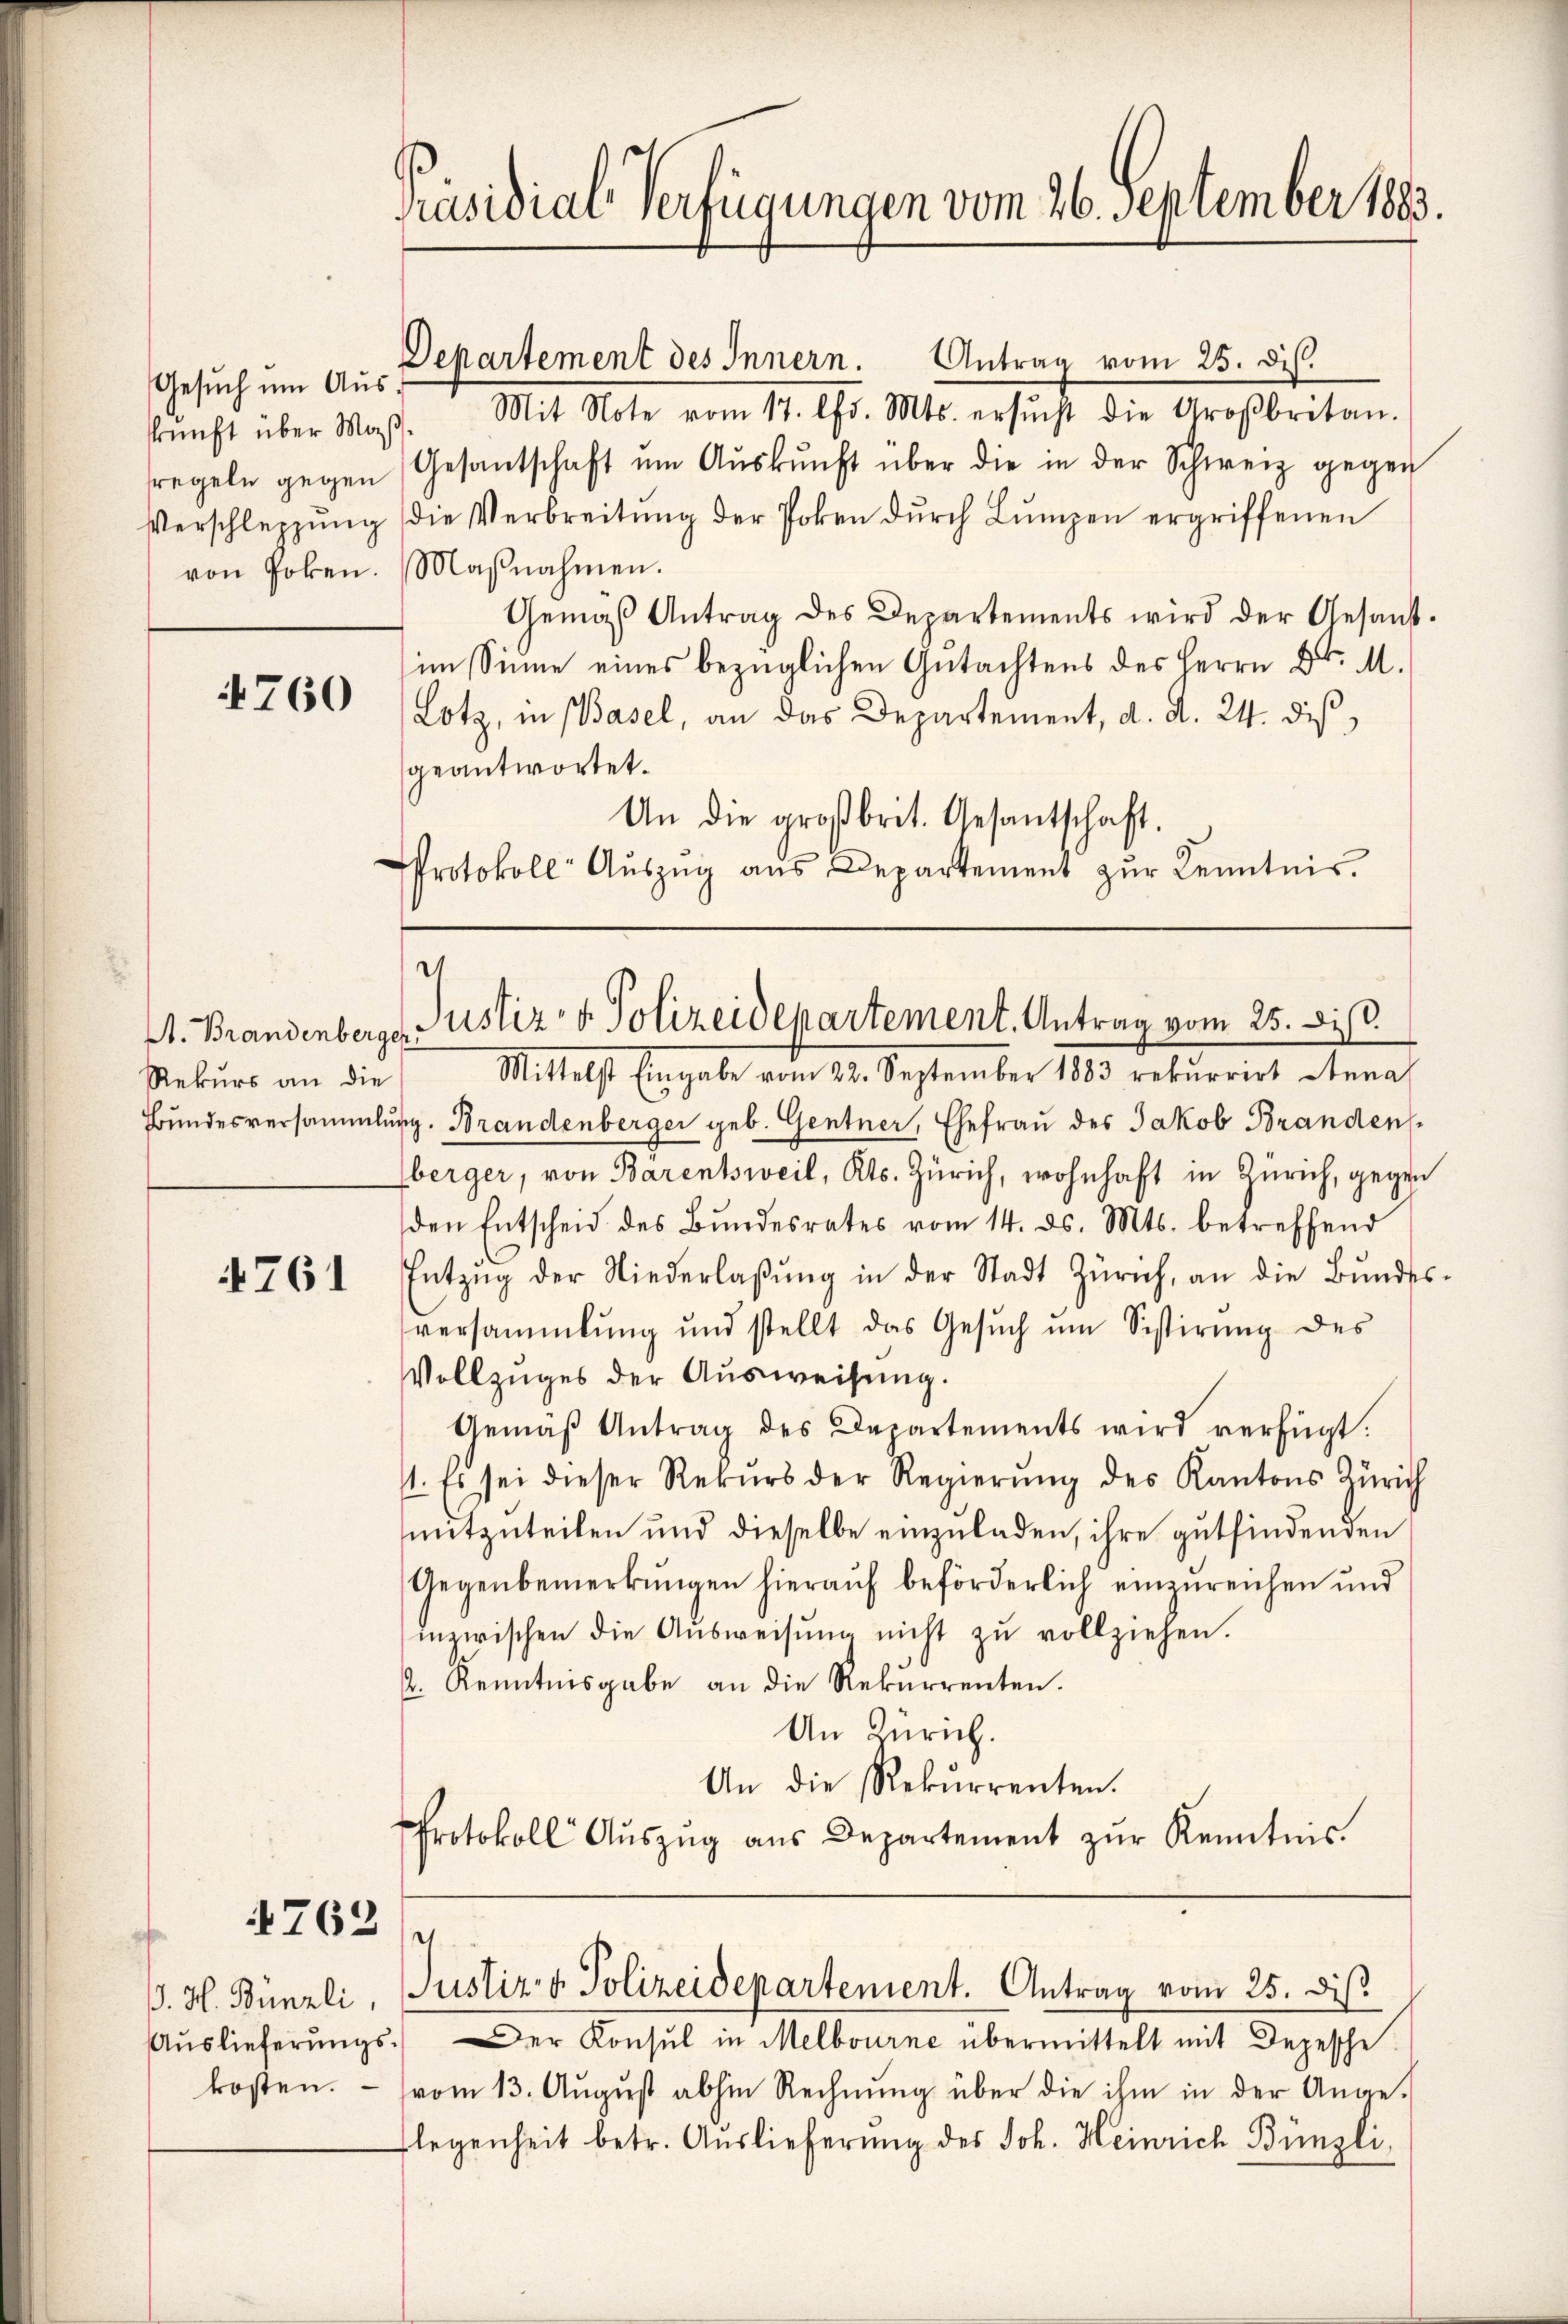
Gesuch um Ausskunft über Maß
von Goken.

4760

Rekurs an die

4761

4762

kosten.

Präsidial-Verfügungen vom 26. September 1883.

Departement des Innern. Antrag vom 25. dis.
Mit Note vom 17. Chr. Mts. ersŭcht die Großbritan.
regeln gegen Gesantschaft ŭm Aŭskŭnft über die in der Schweiz gegen
Verschleppung die Verbreitŭng der Polen dŭrch Lumpen ergriffenen
Maβnahmen.
Gemäβ Antrag des Departements wird der Gesant.
im Sinne eines bezüglichen Gutachtens des Herrn D. M.
Lotz, in Basel, an das Departement, d. d. 24. dies,
geantwortet.
An die großbrit. Gesantschaft.
Protokoll Aŭszŭg aŭs Departement zŭr Kenntnis.

d
A. Brandenberger Justiz v. Polizeidepartement. Antrag vom 25. Dist.

Mittelst Eingabe vom 22. September 1883 rekurrirt Anna
Bundesversammlung. Brandenberger geb. Gentner, Ehefrau des Jakob Branden
berger, von Bärentsweil, Kts. Zürich, wohnhaft in Zürich, gegen
den Entscheid des Bŭndesrates vom 14. ds. Mts. betreffend
Entzŭg der Niederlaβŭng in der Stadt Zürich, an die Bŭndes-
versammlung und stellt das Gesŭch ŭm Sistirŭng des
Vollzuges der Ausweisung.
Gemäβ Antrag des Departements wird verfügt:
1. Es sei dieser Rekŭrs der Regierŭng des Kantons Zürich
mitzuteilen und dieselbe einzuladen, ihre gutfindenden
Gegenbemerkŭngen hieraŭf beförderlich einzureichen und
inzwischen die Aŭsweisŭng nicht zŭ vollziehen.
2. Kenntnisgabe an die Rekurrenten.
An Zürich.
An die Rekurrenten.
Protokoll Aŭszŭg aŭs Departement zŭr Kenntnis.

.
B. H. Bünzli, Justiz & Polizeidepartement. Antrag vom 25. dis.

Aŭslieferŭngs. Der Konsul in Melbourne übermittelt mit Depesche
vom 13. Aŭgŭst abhin Rechnŭng über die ihm in der Ange-
legenheit betr. Auslieferŭng des Joh. Heinrich Bünzli,